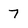
Character: 7